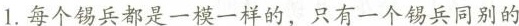
1.每个锡兵都是一模一样的，只有一个锡兵同别的